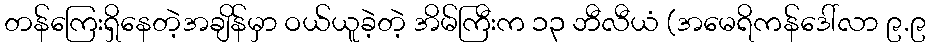
တန်ကြေးရှိနေတဲ့အချိန်မှာ ဝယ်ယူခဲ့တဲ့ အိမ်ကြီးက ၁၃ ဘီလီယံ (အမေရိကန်ဒေါ်လာ ၉.၉